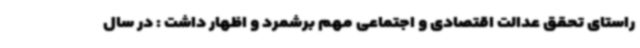
راستای تحقق عدالت اقتصادی و اجتماعی مهم برشمرد و اظهار داشت : در سال